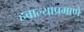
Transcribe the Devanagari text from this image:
हवाल्याप्रमाणे